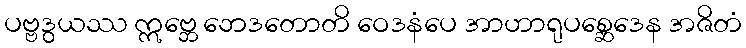
ပဗ္ဗဒွယဿ ဣဗ္ဘေ ဘေဒတောတိ ဝေဒနံပေ အာဟာရုပစ္ဆေဒေန အဇိတံ